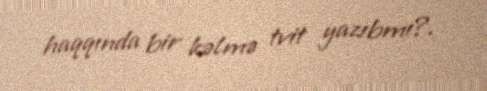
haqqında bir kəlmə tvit yazıbmı?.